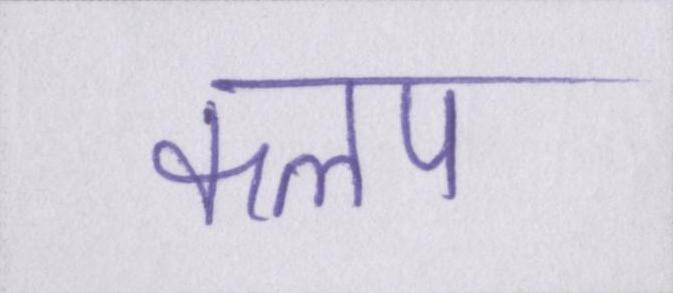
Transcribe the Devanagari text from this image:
कलप